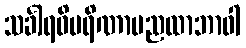
သင်္ခါရဝိပရိဏာမညထာဘာဝါ